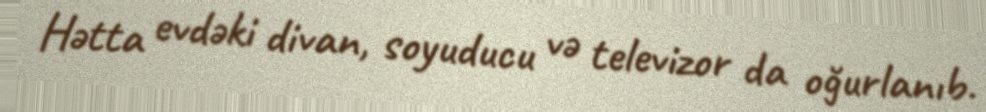
Hətta evdəki divan, soyuducu və televizor da oğurlanıb.